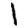
Digit: 1